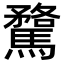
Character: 𮪘